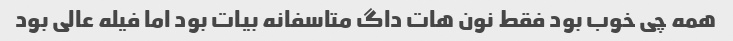
همه چی خوب بود فقط نون هات داگ متاسفانه بیات بود اما فیله عالی بود